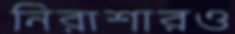
নিরাশারও